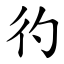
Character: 彴